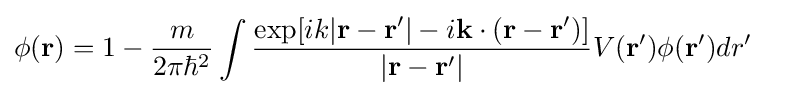
{\begin{aligned}\phi ({\mathbf {r} })&=1-{\frac {m}{2\pi \hbar ^{2}}}\int {{\frac {\exp[ik|{\mathbf {r-r'} }|-i{\mathbf {k} }\cdot ({\mathbf {r-r'} })]}{|{\mathbf {r-r'} }|}}V({\mathbf {r'} )\phi ({\mathbf {r'} })}dr'}\end{aligned}}